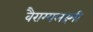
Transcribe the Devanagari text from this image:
वैराग्यलक्ष्मी